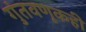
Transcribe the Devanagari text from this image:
गुंतवणूकही